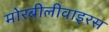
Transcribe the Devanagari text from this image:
मोरबीलीवाइरस